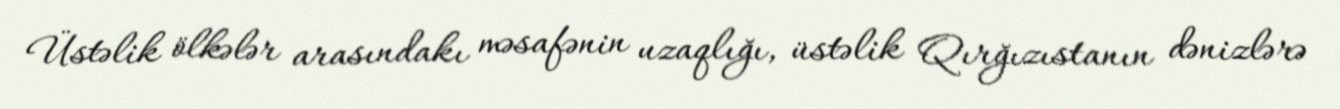
Üstəlik ölkələr arasındakı məsafənin uzaqlığı, üstəlik Qırğızıstanın dənizlərə